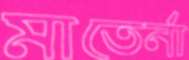
মাতের্না